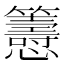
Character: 𢥰